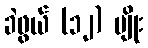
ခဲဖွယ် (၁၂) မျိုး